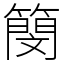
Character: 簢